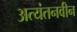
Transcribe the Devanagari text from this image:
अत्यंतनवीन